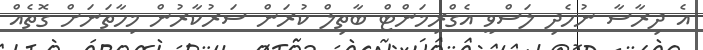
އެ ދިރާސާ ނުހެދި ލަސްވީ އެގްރިމަންޓް ބާތިލް ކުރަން ސަރުކާރުން މިހާތަނަށް ގޮތެއް